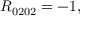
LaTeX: R _ { 0 2 0 2 } = - 1 ,